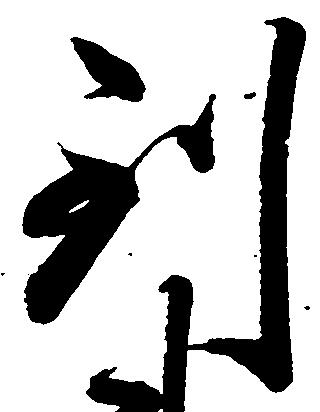
到